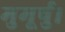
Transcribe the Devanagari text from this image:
मुमूर्षु।